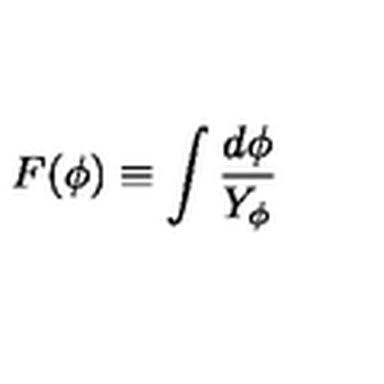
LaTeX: F ( \phi ) \equiv \int { \frac { d \phi } { Y _ { \phi } } }